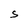
Character: S